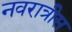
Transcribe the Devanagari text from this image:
नवरात्रीस